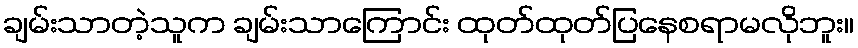
ချမ်းသာတဲ့သူက ချမ်းသာကြောင်း ထုတ်ထုတ်ပြနေစရာမလိုဘူး။